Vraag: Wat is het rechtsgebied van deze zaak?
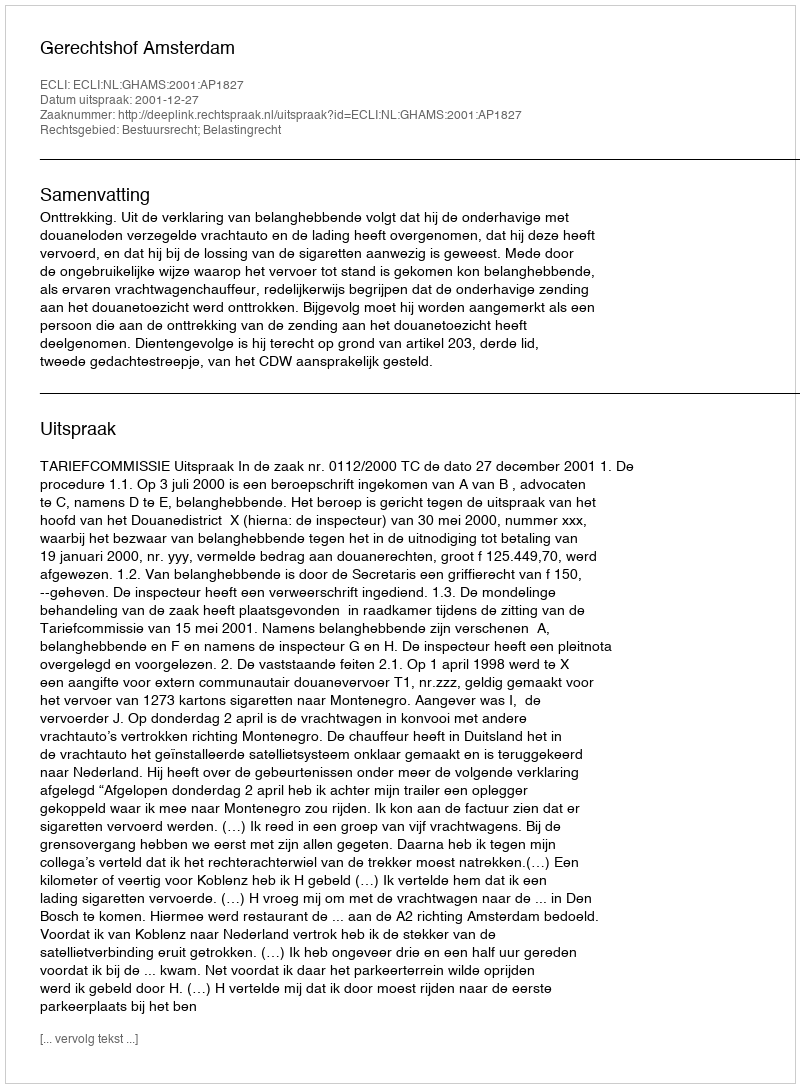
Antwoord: Bestuursrecht; Belastingrecht